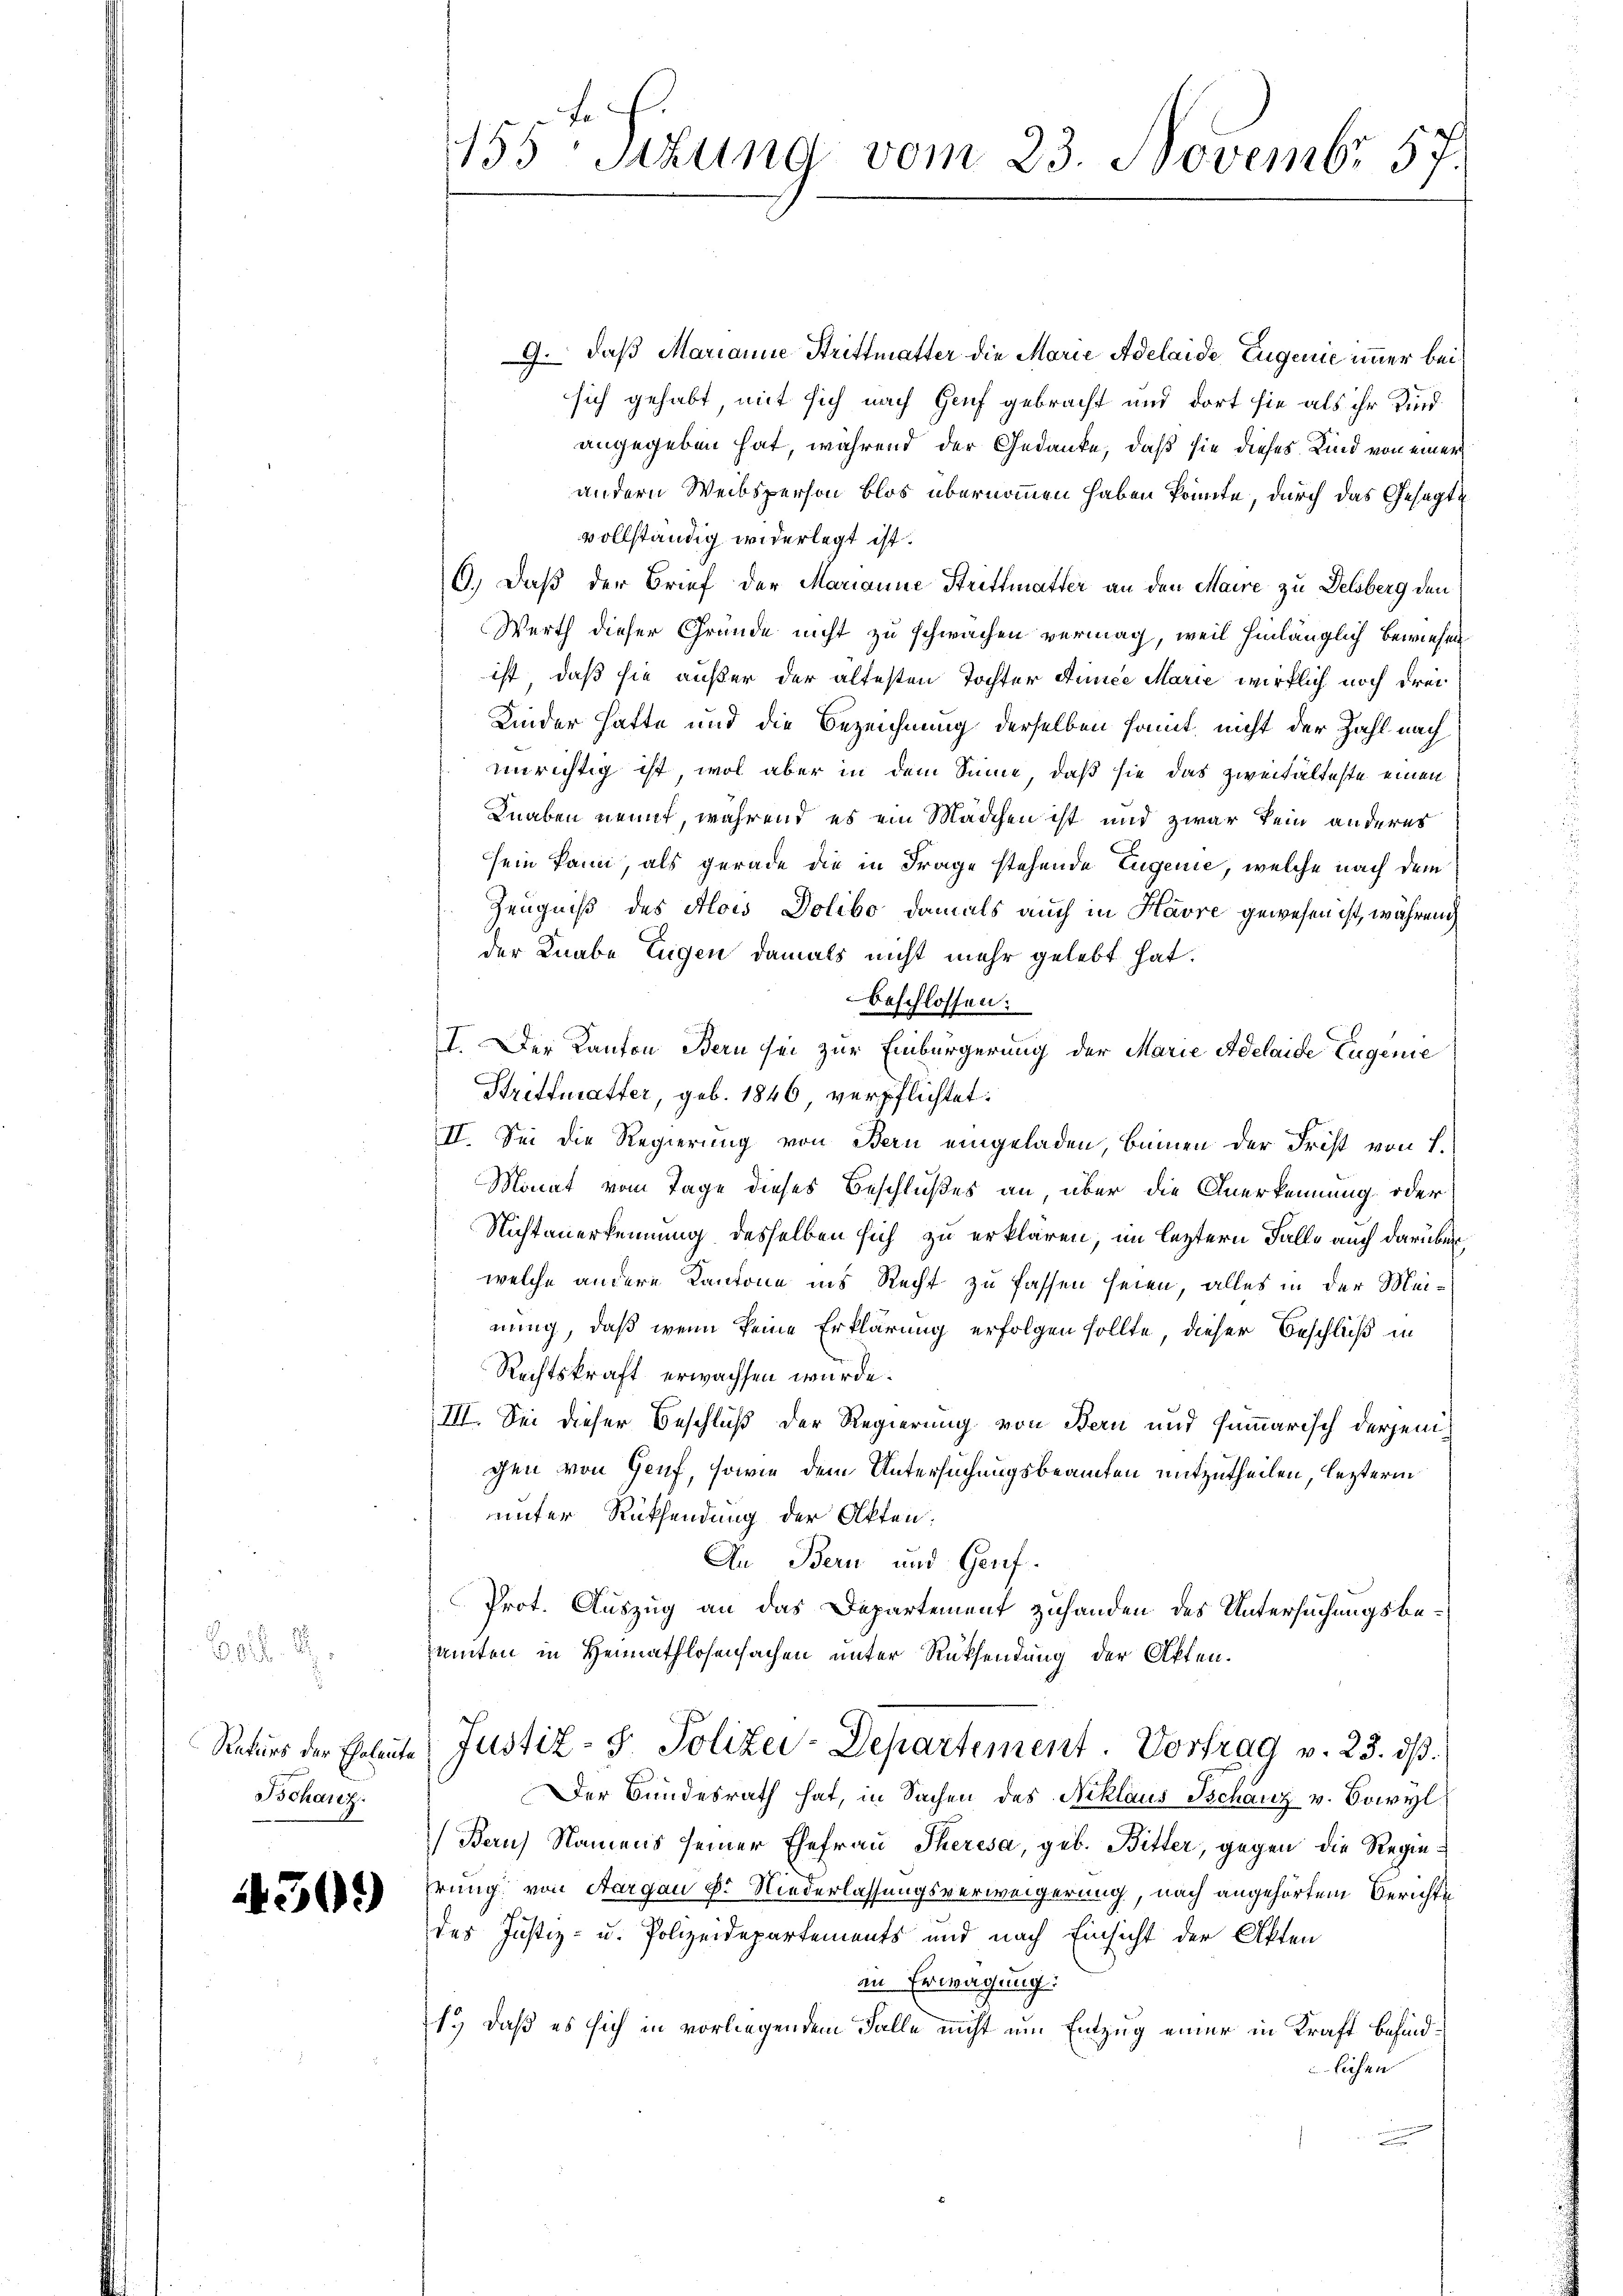
12. d.
Rekurs der Eheleute
Bschanz.

309

155 Sitzung vom 23. Novembr 57.

9. daß Marianne Strittmatter die Marie Adelaide Eugenie immer bei
sich gehabt, mit sich nach Genf gebracht und dort sie als ihr Kind
angegeben hat, während der Gedanke, daß sie dieses Kind von einer
andern Weibsperson blos übernommen haben könnte, durch das Gesagte
vollständig widerlegt ist.
6.) Daß der Brief der Marianne Strittmatter an den Maire zu Delsberg den
Werth dieser Gründe nicht zu schwachen vermag, weil hinlänglich bewiesen
ist, daß sie außer der ältesten Tochter Anniee Marie wirklich noch drei
Kinder hatte und die Bezeichnung derselben samt, nicht der Zahl nach
unrichtig ist, wol aber in dem Sinne, daß sie das zweitalteste einen
Knaben nennt, während es ein Mädchen ist und zwar kein anderes
sein kann, als gerade die in Frage stehende Eugenie, welche nach dem
Zeugniß des Alois Dolibo damals auch in Havre gewesen ist, während
der Knabe Eugen damals nicht mehr gelebt hat.
beschlossen:
I. Der Kanton Bern sei zur Einbürgerung der Marie Adelaide Eugenie
Brettmatter, geb. 1846 verpflichtet.
II. Sei die Regierung von Bern eingeladen beinen der Frist von L.
Monat vom Tage dieses Beschlußes an, über die Anerkennung oder
Nichtanerkennung desselben sich zu erklären, im leztern Falle auch darüber
welche andere Kantone ins Recht zu fassen seien, alles in der Meinung, daß wenn keine Erklärung erfolgen sollte, dieser Beschluß in
Rechtskraft erwachsen wurde.
III. Sei dieser Beschluß der Regierung von Bern und summarisch derjenigen von Genf, sowie dem Untersuchungsbeamten mitzutheilen, lezterm
unter Rücksendung der Akten.
An Bern und Genf.
Prot. Auszug an das Departement zuhanden des Untersuchungsbesamten in Heimathlosensachen unter Rücksendung der Akten.
Justiz- & Polizei-Departement. Vortrag v. 23. dß.
Der Bundesrath hat, in Sachen des Niklaus Tschanz v. Sowyl
Bern Namens seiner Ehefrau Theresa, geb. Bitter, gegen die Regiehrung von Aargau v. Niederlassungsverweigerung, nach angehörtem Berichte
des Justiz- u. Polizeidepartements und nach Einsicht der Akten
in Erwägung:
1.) daß es sich in vorliegendem Falle nicht um Entzug einer in Kraft befindlichen
.